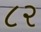
૮ર